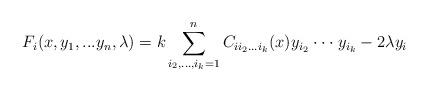
LaTeX: \begin{align*}F_i(x,y_1,...y_n,\lambda)=k\sum_{i_2,..., i_k=1}^nC_{ii_2...i_k}(x)y_{ i_2}\cdot\cdot\cdot y_{i_k}-2\lambda y_i\end{align*}